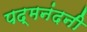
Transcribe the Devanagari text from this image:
पद्मनंदनी